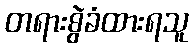
တရားစွဲခံထားရသူ